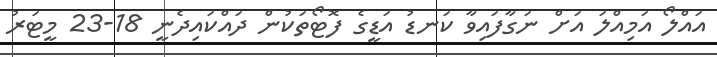
އައްލޯ އަމިއްލަ އަށް ނަގާފައިވާ ކަނޑު އަޑީގެ ފޮޓޯތަކުން ދައްކައިދެނީ 18-23 މީޓަރު